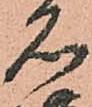
名